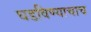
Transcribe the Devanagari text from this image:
घडविण्याचाच